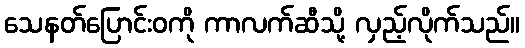
သေနတ်ပြောင်းဝကို ကာလက်ဆီသို့ လှည့်လိုက်သည်။